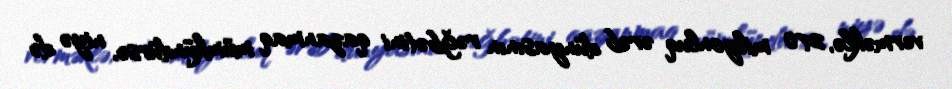
verməklə, 270 milyonluq ərəb dünyasının rəğbətini qazanmaq mümkündürsə, niyə də